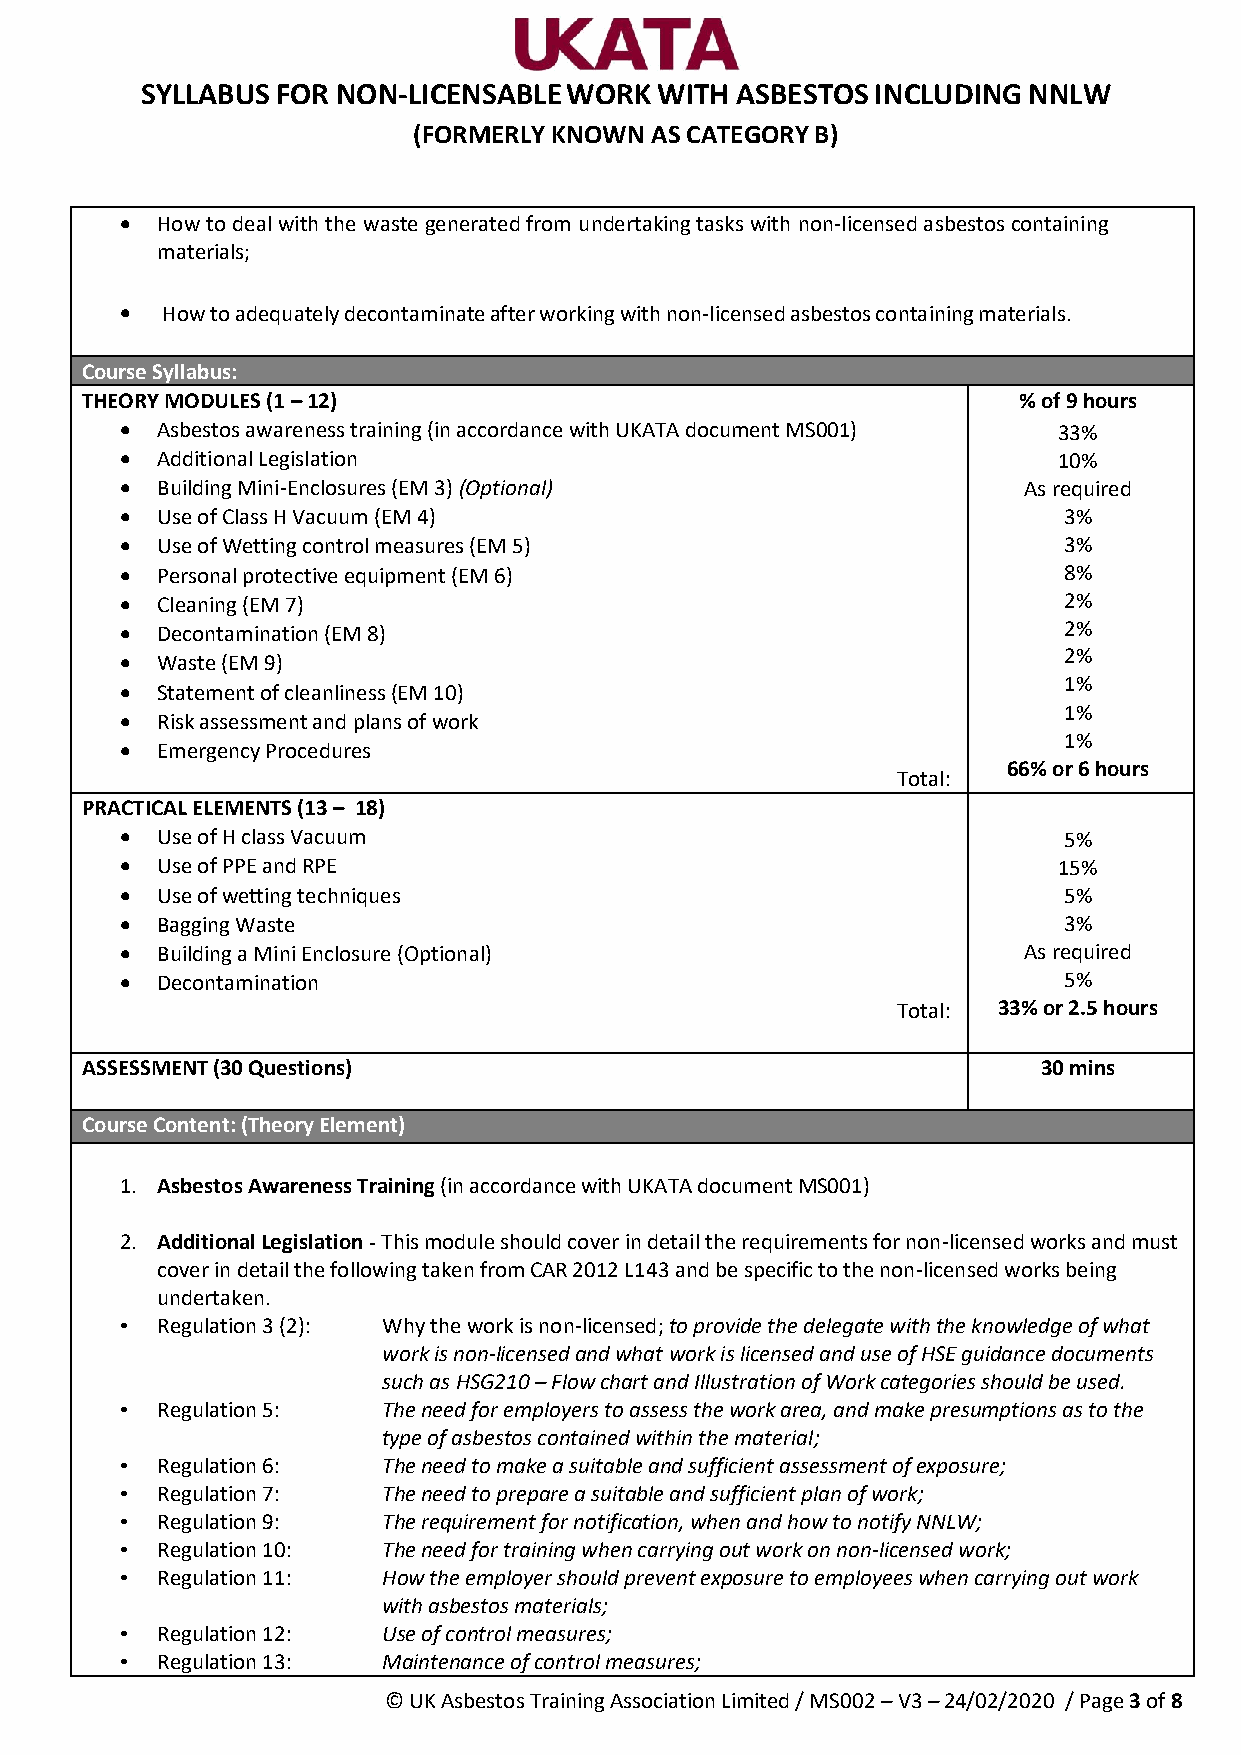
SYLLABUS FOR NON-LICENSABLE WORK  WITH  ASBESTOS INCLUDING NNLW
 (FORMERLY KNOWN AS CATEGORY B)
 • How to deal with the waste generated from undertaking tasks with non-licensed asbestos containing
 materials;
 •  How to adequately decontaminate after working with non-licensed asbestos containing materials.
 Course Syllabus:
 THEORY MODULES (1 – 12)                                       % of 9 hours
 • Asbestos awareness training (in accordance with UKATA document MS001) 33%
 • Additional Legislation                                      10%
 • Building Mini-Enclosures (EM 3) (Optional)                As required
 • Use of Class H Vacuum (EM 4)                                3%
 • Use of Wetting control measures (EM 5)                      3%
 • Personal protective equipment (EM 6)                        8%
 • Cleaning (EM 7)                                             2%
 • Decontamination (EM 8)                                      2%
 • Waste (EM 9)                                                2%
 1%
 • Statement of cleanliness (EM 10)
 1%
 • Risk assessment and plans of work
 1%
 • Emergency Procedures
 66% or 6 hours
 Total:
 PRACTICAL ELEMENTS (13 – 18)
 • Use of H class Vacuum                                       5%
 • Use of PPE and RPE                                          15%
 • Use of wetting techniques                                   5%
 • Bagging Waste                                               3%
 • Building a Mini Enclosure (Optional)                      As required
 • Decontamination                                             5%
 Total: 33% or 2.5 hours
 ASSESSMENT (30 Questions)                                       30 mins
 Course Content: (Theory Element)
 1. Asbestos Awareness Training (in accordance with UKATA document MS001)
 2. Additional Legislation - This module should cover in detail the requirements for non-licensed works and must
 cover in detail the following taken from CAR 2012 L143 and be specific to the non-licensed works being
 undertaken.
 • Regulation 3 (2): Why the work is non-licensed; to provide the delegate with the knowledge of what
 work is non-licensed and what work is licensed and use of HSE guidance documents
 such as HSG210 – Flow chart and Illustration of Work categories should be used.
 • Regulation 5:  The need for employers to assess the work area, and make presumptions as to the
 type of asbestos contained within the material;
 • Regulation 6:  The need to make a suitable and sufficient assessment of exposure;
 • Regulation 7:  The need to prepare a suitable and sufficient plan of work;
 • Regulation 9:  The requirement for notification, when and how to notify NNLW;
 • Regulation 10: The need for training when carrying out work on non-licensed work;
 • Regulation 11: How the employer should prevent exposure to employees when carrying out work
 with asbestos materials;
 • Regulation 12: Use of control measures;
 • Regulation 13: Maintenance of control measures;
 © UK Asbestos Training Association Limited / MS002 – V3 – 24/02/2020 / Page 3 of 8